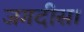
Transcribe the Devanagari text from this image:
जगदीस।